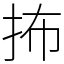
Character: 抪